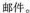
邮件。